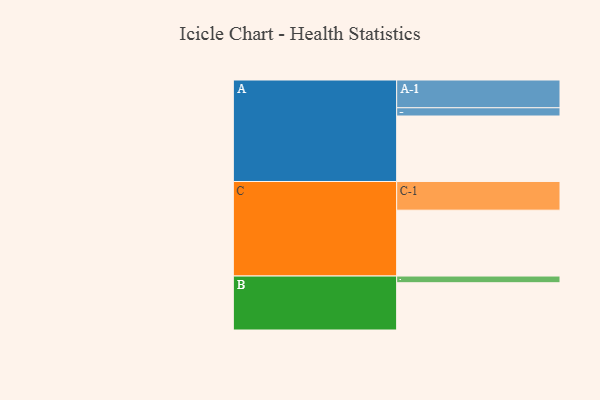
{"axis": {"x": "Segment", "y": "Value"}, "legend": ["", "A", "B", "C"], "data": [{"x": "A", "y": 500, "type": ""}, {"x": "B", "y": 361, "type": ""}, {"x": "C", "y": 503, "type": ""}, {"x": "A-1", "y": 212, "type": "A"}, {"x": "A-2", "y": 63, "type": "A"}, {"x": "B-1", "y": 51, "type": "B"}, {"x": "C-1", "y": 219, "type": "C"}]}